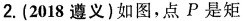
2.(2018遵义)如图，点P是矩